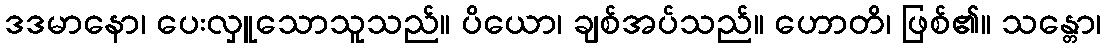
ဒဒမာနော၊ ပေးလှူသောသူသည်။ ပိယော၊ ချစ်အပ်သည်။ ဟောတိ၊ ဖြစ်၏။ သန္တော၊